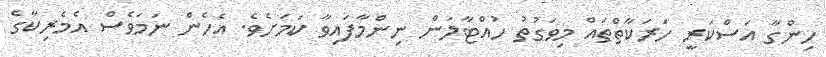
ހިންގާ އަސްކަރީ ހަރަކާތްތައް މިވަގުތު ހުއްޓާލަން ނިންމާފައިވާ ކަމަށެވެ. އެހެން ނަމަވެސް އެމެރިކާގެ